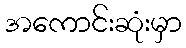
အကောင်းဆုံးမှာ